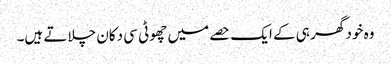
وہ خود گھر ہی کے ایک حصے میں چھوٹی سی دکان چلاتے ہیں۔